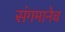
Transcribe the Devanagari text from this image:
संगमानेच